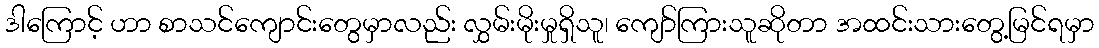
ဒါကြောင့် ဟာ စာသင်ကျောင်းတွေမှာလည်း လွှမ်းမိုးမှုရှိသူ၊ ကျော်ကြားသူဆိုတာ အထင်းသားတွေ့မြင်ရမှာ